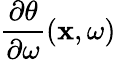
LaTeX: \frac{\partial\theta}{\partial\omega}(\mathbf{x},\omega)